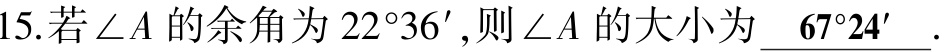
15.若\(\angle A\)的余角为\(22^{\circ}36'\)，则\(\angle A\)的大小为 \(\underline{67^{\circ}24'}\).